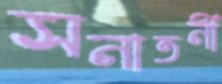
সনাতনী